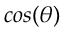
c o s ( \theta )